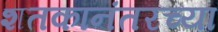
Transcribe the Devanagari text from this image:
शतकानंतरच्या